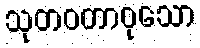
သုတဝတာဝုသော